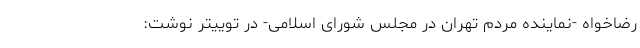
رضاخواه -نماینده مردم تهران در مجلس شورای اسلامی- در توییتر نوشت: